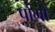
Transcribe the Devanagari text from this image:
पोगों